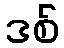
ဒစ်